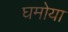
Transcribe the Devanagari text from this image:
घमोया